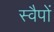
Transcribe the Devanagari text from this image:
स्वैपों